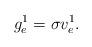
LaTeX: \begin{align*} g_e^1=\sigma v_e^1.\end{align*}